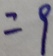
= 9